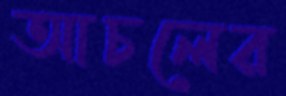
আচলের